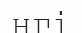
нгі